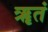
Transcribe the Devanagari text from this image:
ॠतं